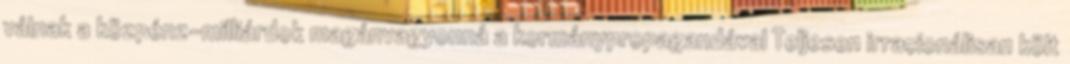
válnak a közpénz-milliárdok magánvagyonná a kormánypropagandával Teljesen irracionálisan költ